Scientific memoirs by medical officers of the Army of India - Part XII,
Year: 1901
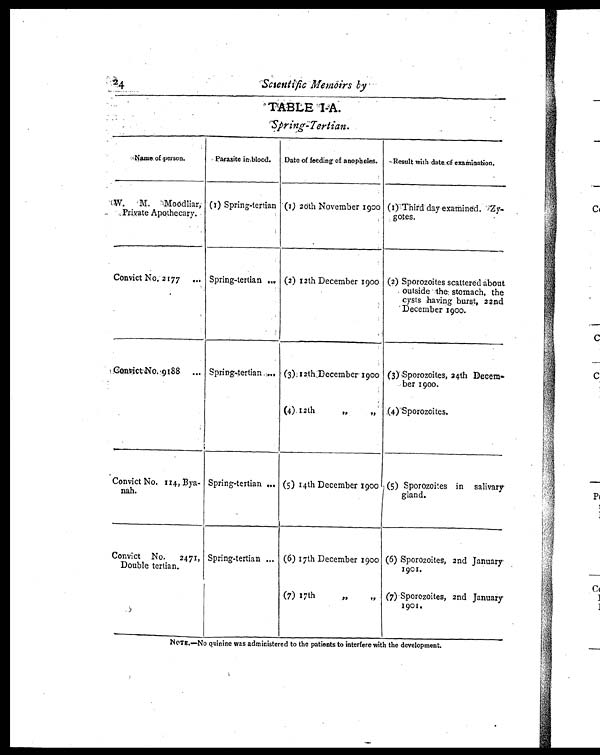
Scsentific Memoirs by
TABLE 1-A.
Spring Tertian.
Name of person.
Parasite in blood.
Date of feeding of anopheles.
Result with date of examination.
W. M. Moodliar,
Private Apothecary.
(1) Spring-tertian (1) 20th November 1900 (1)Third day examined. Zy-
gotes.
Convict No: 2177
... Spring-tertian ... (2) 12th December 1900 (2) Sporozoites scattered about
outside the stomach, the
cysts having burst, 22nd
December 1900.
Convict No. 9188
... Spring-tertian ... (3) 12th December 1900 (3) Sporozoites, 24th Decem-
ber 1900.
(4) 12th
„
„ (4)Sporozoites.
Convict No. 114, Bya-
nah.
Spring-tertian .. (5) 14th December 1900 (5) Sporozoites in salivary
gland.
Convict No. 2471,
Double tertian.
Spring-tertian ... (6) 17th December 1900 (6) Sporozoites, 2nd January
1901.
(7) 17th
,,
,, (7) Sporozoites, 2nd January
1901.
NOTE.—No quinine was administered to the patients to interfere with the development.
2 4